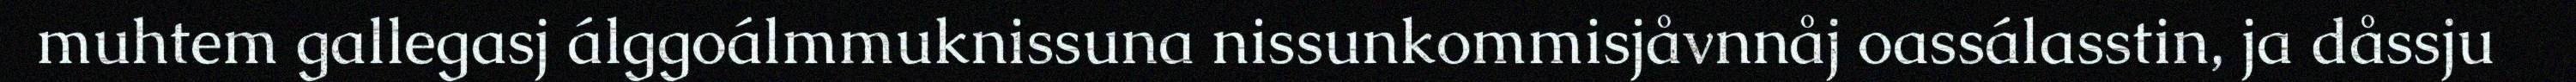
muhtem gallegasj álggoálmmuknissuna nissunkommisjåvnnåj oassálasstin, ja dåssju